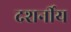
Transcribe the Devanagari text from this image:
दशर्नीय